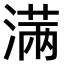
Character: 𣺏